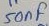
Text: 50nF